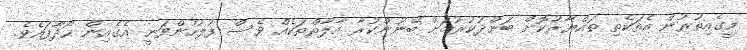
މީގެއިތުރުން އެތަކެތި ތައްޔާރުކޮށް ބަންދުކުރުމަށް ބޭނުންކުރާ އާލާތްތަކެއް ވެސް ފުލުހުންވަނީ އެގެއިން ހޯދާފައެވެ.